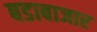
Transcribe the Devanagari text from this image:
बडाबाजार